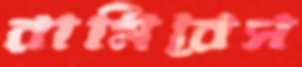
রামিরেস